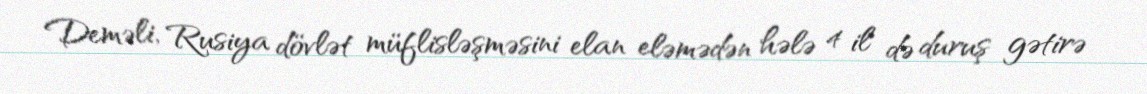
Deməli, Rusiya dövlət müflisləşməsini elan eləmədən hələ 4 il də duruş gətirə